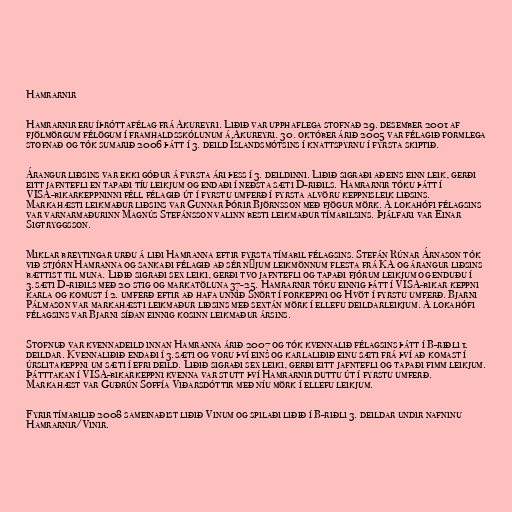
Hamrarnir

Hamrarnir eru íþróttafélag frá Akureyri. Liðið var upphaflega stofnað 29. desember 2001 af
fjölmörgum félögum í framhaldsskólunum á Akureyri. 30. október árið 2005 var félagið formlega
stofnað og tók sumarið 2006 þátt í 3. deild Íslandsmótsins í knattspyrnu í fyrsta skiptið.

Árangur liðsins var ekki góður á fyrsta ári þess í 3. deildinni. Liðið sigraði aðeins einn leik, gerði
eitt jafntefli en tapaði tíu leikjum og endaði í neðsta sæti D-riðils. Hamrarnir tóku þátt í
VISA-bikarkeppninni féll félagið út í fyrstu umferð í fyrsta alvöru keppnisleik liðsins.
Markahæsti leikmaður liðsins var Gunnar Þórir Björnsson með fjögur mörk. Á lokahófi félagsins
var varnarmaðurinn Magnús Stefánsson valinn besti leikmaður tímabilsins. Þjálfari var Einar
Sigtryggsson.

Miklar breytingar urðu á liði Hamranna eftir fyrsta tímabil félagsins. Stefán Rúnar Árnason tók
við stjórn Hamranna og sankaði félagið að sér nýjum leikmönnum flesta frá KA og árangur liðsins
bættist til muna. Liðið sigraði sex leiki, gerði tvo jafntefli og tapaði fjórum leikjum og enduðu í
3.sæti D-riðils með 20 stig og markatöluna 37-25. Hamrarnir tóku einnig þátt í VISA-bikar keppni
karla og komust í 2. umferð eftir að hafa unnið Snört í forkeppni og Hvöt í fyrstu umferð. Bjarni
Pálmason var markahæsti leikmaður liðsins með sextán mörk í ellefu deildarleikjum. Á lokahófi
félagsins var Bjarni síðan einnig kosinn leikmaður ársins.

Stofnuð var kvennadeild innan Hamranna árið 2007 og tók kvennalið félagsins þátt í B-riðli 1.
deildar. Kvennaliðið endaði í 3.sæti og voru því eins og karlaliðið einu sæti frá því að komast í
úrslitakeppni um sæti í efri deild. Liðið sigraði sex leiki, gerði eitt jafntefli og tapaði fimm leikjum.
Þátttakan í VISA-bikarkeppni kvenna var stutt því Hamrarnir duttu út í fyrstu umferð.
Markahæst var Guðrún Soffía Viðarsdóttir með níu mörk í ellefu leikjum.

Fyrir tímabilið 2008 sameinaðist liðið Vinum og spilaði liðið í B-riðli 3. deildar undir nafninu
Hamrarnir/Vinir.